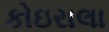
કોઇરાલા